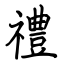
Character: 禮